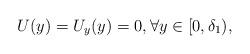
LaTeX: \begin{align*} U(y)=U_y(y) =0, \forall y \in [0,\delta_1),\end{align*}